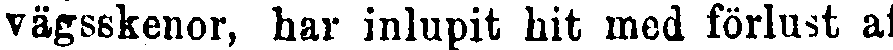
vägsskenor, har inlupit hit med förlust af